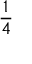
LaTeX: \frac { 1 } { 4 }